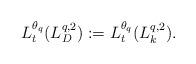
LaTeX: \begin{align*}L_t^{\theta_q}(L^{q,2}_D):=L^{\theta_q}_t(L^{q,2}_k).\end{align*}